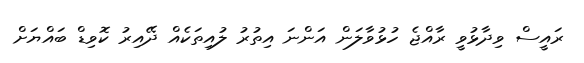
ރައީސް ވިދާޅުވީ ރާއްޖެ ހުޅުވާލަން އަންނަ އިތުރު ލުއިތަކެއް ދޭއިރު ކޮވިޑް ބައްޔަށް